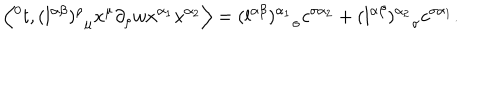
LaTeX: \left\langle { ^ 0 t } , { ( l ^ { \alpha \beta } ) ^ { \rho } } _ { \mu } x ^ { \mu } \partial _ { \rho } w x ^ { \alpha _ { 1 } } x ^ { \alpha _ { 2 } } \right\rangle = { ( l ^ { \alpha \beta } ) ^ { \alpha _ { 1 } } } _ { \sigma } c ^ { \sigma \alpha _ { 2 } } + { ( l ^ { \alpha \beta } ) ^ { \alpha _ { 2 } } } _ { \sigma } c ^ { \sigma \alpha _ { 1 } } .